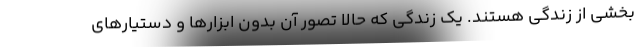
بخشی از زندگی هستند. یک زندگی که حالا تصور آن بدون ابزارها و دستیارهای